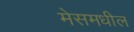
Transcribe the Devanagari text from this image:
मेसमधील